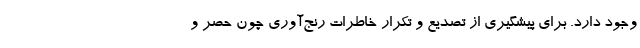
وجود دارد. برای پیشگیری از تصدیع و تکرار خاطرات رنج‌آوری چون حصر و